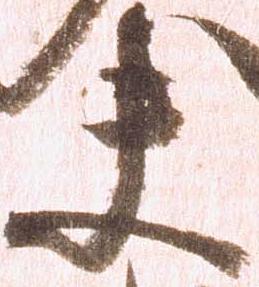
夫